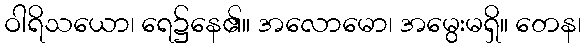
ဝါရိသယော၊ ရေ၌နေ၏။ အလောမော၊ အမွေးမရှိ။ တေန၊